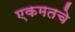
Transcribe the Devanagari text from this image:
एकमतचे